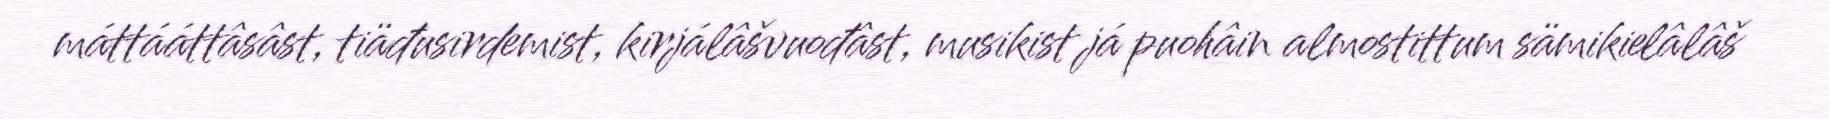
máttááttâsâst, tiäđusirdemist, kirjálâšvuođâst, musikist já puohâin almostittum sämikielâlâš